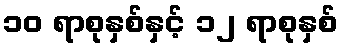
၁၀ ရာစုနှစ်နှင့် ၁၂ ရာစုနှစ်